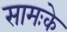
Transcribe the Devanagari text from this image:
सामःके